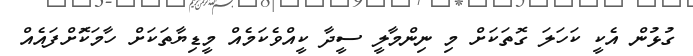
ގުޅުން އެކީ ކަހަލަ ގޮތަކަށް މި ނިންމާލީ ސީދާ ކީއްވެކަމެއް މީޑިޔާތަކަށް ހާމަކަޮށްފައެއް